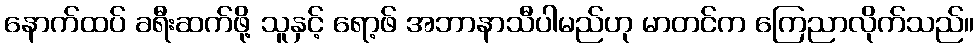
နောက်ထပ် ခရီးဆက်ဖို့ သူနှင့် ရော့ဖ် အဘာနာသီပါမည်ဟု မာတင်က ကြေညာလိုက်သည်။